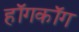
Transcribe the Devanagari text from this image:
हॉगकॉग